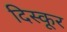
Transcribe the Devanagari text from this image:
दिस्कूर